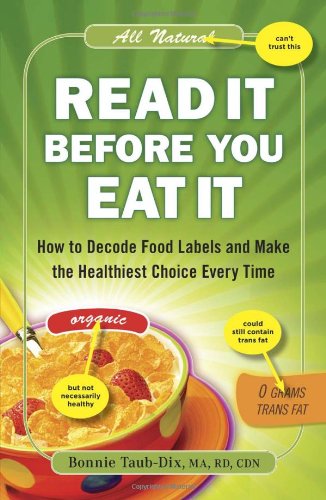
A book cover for Read It Before You Eat It: How to Decode Food Labels and Make the Healthiest Choice Every Time; Bonnie Taub-Dix; Health, Fitness & Dieting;